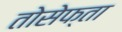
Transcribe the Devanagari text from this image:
तोसेफ्ता